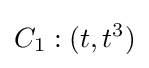
C_{1}:(t,t^{3})